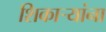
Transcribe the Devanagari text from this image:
शिकार्‍यांना